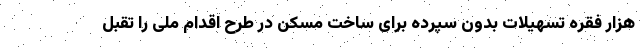
هزار فقره تسهیلات بدون سپرده برای ساخت مسکن در طرح اقدام ملی را تقبل